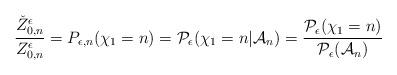
LaTeX: \begin{align*}\frac{\check{Z}^{\epsilon}_{0,n}}{Z_{0,n}^{\epsilon}}= P_{\epsilon,n}(\chi_1=n)= \mathcal{P}_{\epsilon}(\chi_1=n|\mathcal{A}_n)=\frac{\mathcal{P}_{\epsilon}(\chi_1=n)}{\mathcal{P}_{\epsilon}(\mathcal{A}_n)}\end{align*}